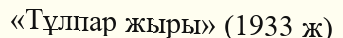
«Тұлпар жыры» (1933 ж)